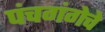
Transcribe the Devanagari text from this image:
पंचगंगेचे